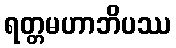
ရတ္တမဟာဘိပဿ